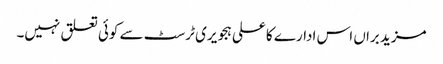
مزید براں اس ادارے کا علی ہجویری ٹرسٹ سے کوئی تعلق نہیں۔